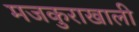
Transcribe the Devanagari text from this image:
मजकुराखाली